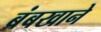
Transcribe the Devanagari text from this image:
बंबखाने